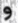
و